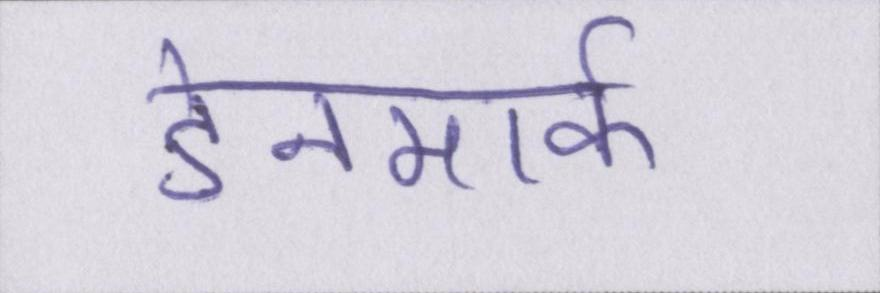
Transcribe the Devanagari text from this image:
डेनमार्क